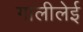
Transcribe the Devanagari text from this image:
गालीलेई